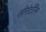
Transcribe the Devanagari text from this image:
सीरोटॉनिन